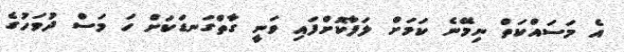
އެ މަސައްކަތް ނިމޭނެ ކަމަށް ލަފާކޮށްފައި ވަނީ ގާތްގަނޑަކަށް ހަ މަސް ދުވަހުގެ